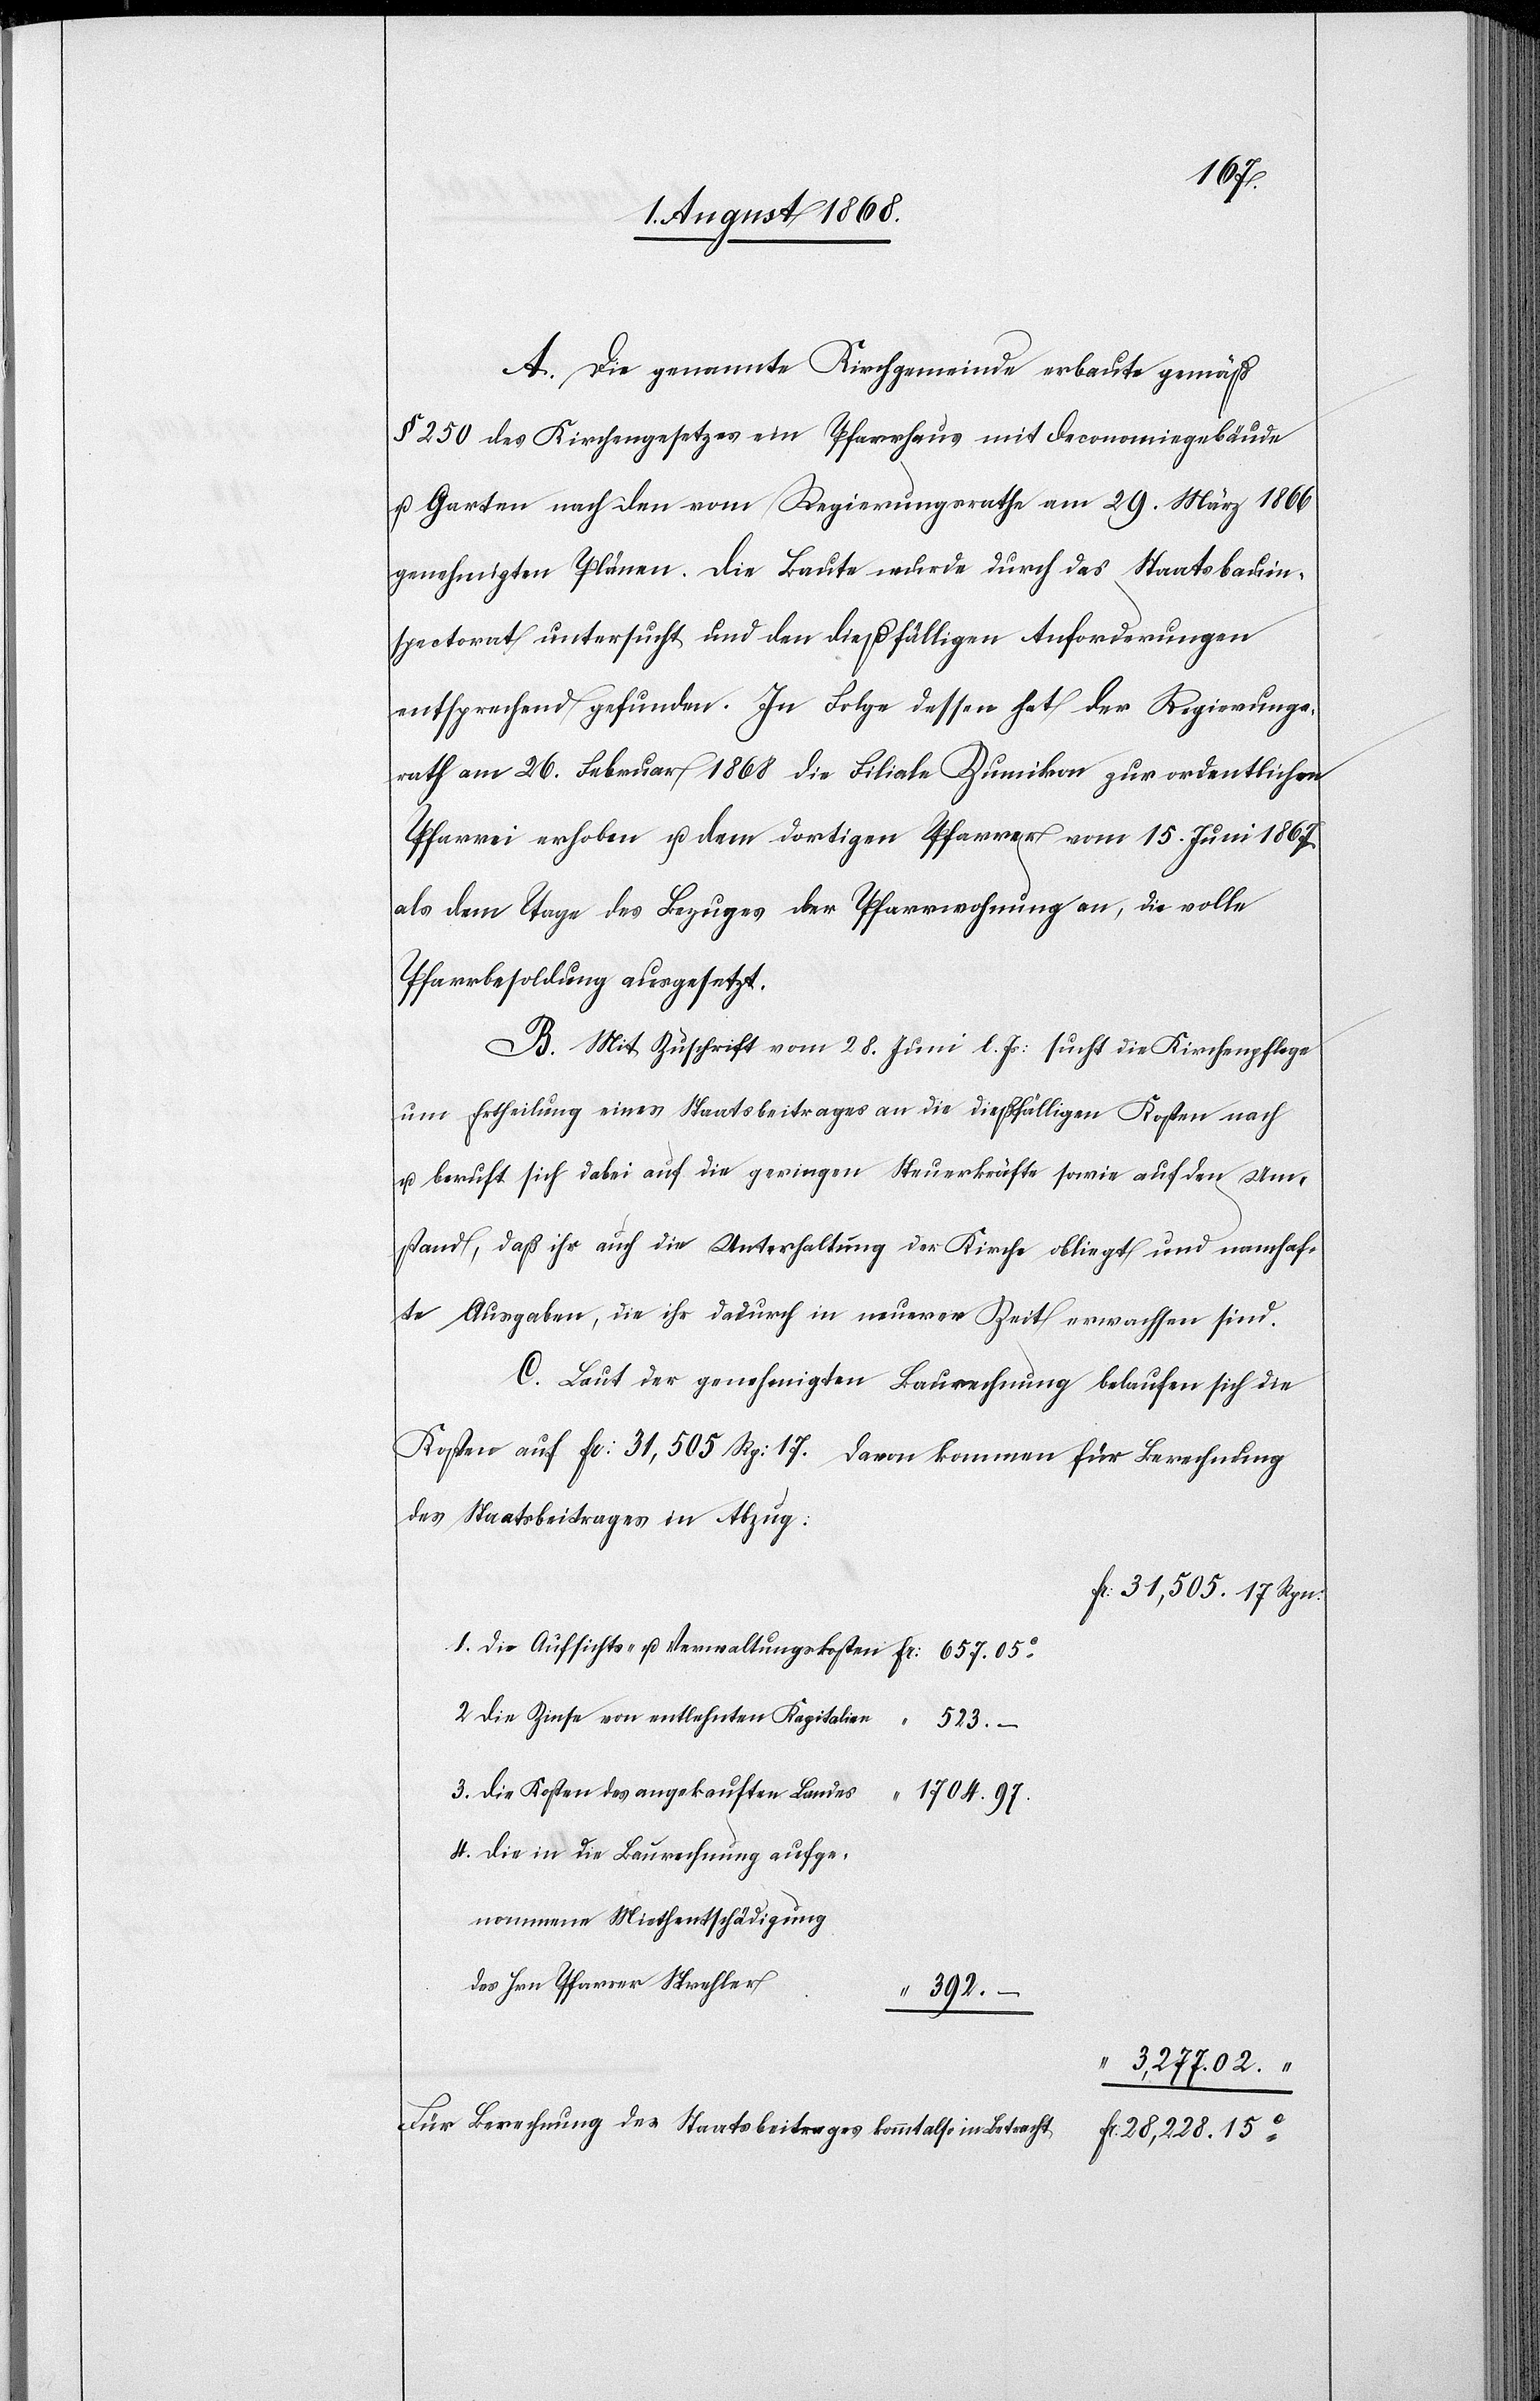
657.
A. Die genannte Kirchgemeinde erbaute gemäß
§ 250 des Kirchengesetzes ein Pfarrhaus mit Oeconomiegebäude
u. Garten nach den vom Regierungsrathe am 29. März 1866
genehmigten Plänen. Die Baute wurde durch das Staatsbauin¬
spectorat untersucht und den dießfälligen Anforderungen
entsprechend gefunden. In Folge dessen hat der Regierungs¬
rath am 26. Februar 1868 die Filiale Zumikon zur ordentlichen
Pfarrei erhoben u. dem dortigen Pfarrer vom 15. Juni 1867
als dem Tage des Bezuges der Pfarrwohnung an, die volle
Pfarrbesoldung ausgesetzt.
B. Mit Zuschrift vom 28. Juni l. Js: sucht die Kirchenpflege
um Ertheilung eines Staatsbeitrages an die dießfälligen Kosten nach
u. beruft sich dabei auf die geringen Steuerkräfte sowie auf den Um¬
stand, daß ihr auch die Unterhaltung der Kirche obliegt und namhaf¬
te Ausgaben, die ihr dadurch in neuerer Zeit erwachsen sind.
C. Laut der genehmigten Baurechnung belaufen sich die
Kosten auf Fr: 31,505 Rp: 17. Davon kommen für Berechnung
des Staatsbeitrages in Abzug:
Fr: 31,505. 17 Rpn.
die Zinse von entlehnten Kapitalien
die Kosten des angekauften Landes
“ 1704. 97.
die in die Baurechnung aufge¬
nommene Miethentschädigung
des Hrn. Pfarrer Strehler
“ 392. –
“ 3,277. 02.
Für Berechnung des Staatsbeitrages kommt also in Betracht
Fr. 28,228. 15c